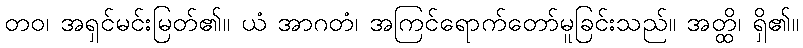
တဝ၊ အရှင်မင်းမြတ်၏။ ယံ အာဂတံ၊ အကြင်ရောက်တော်မူခြင်းသည်။ အတ္ထိ၊ ရှိ၏။